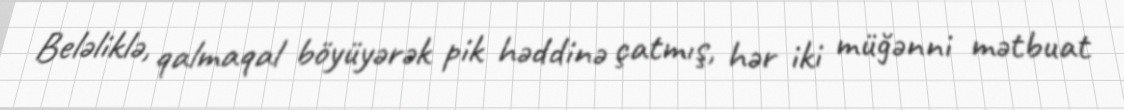
Beləliklə, qalmaqal böyüyərək pik həddinə çatmış, hər iki müğənni mətbuat